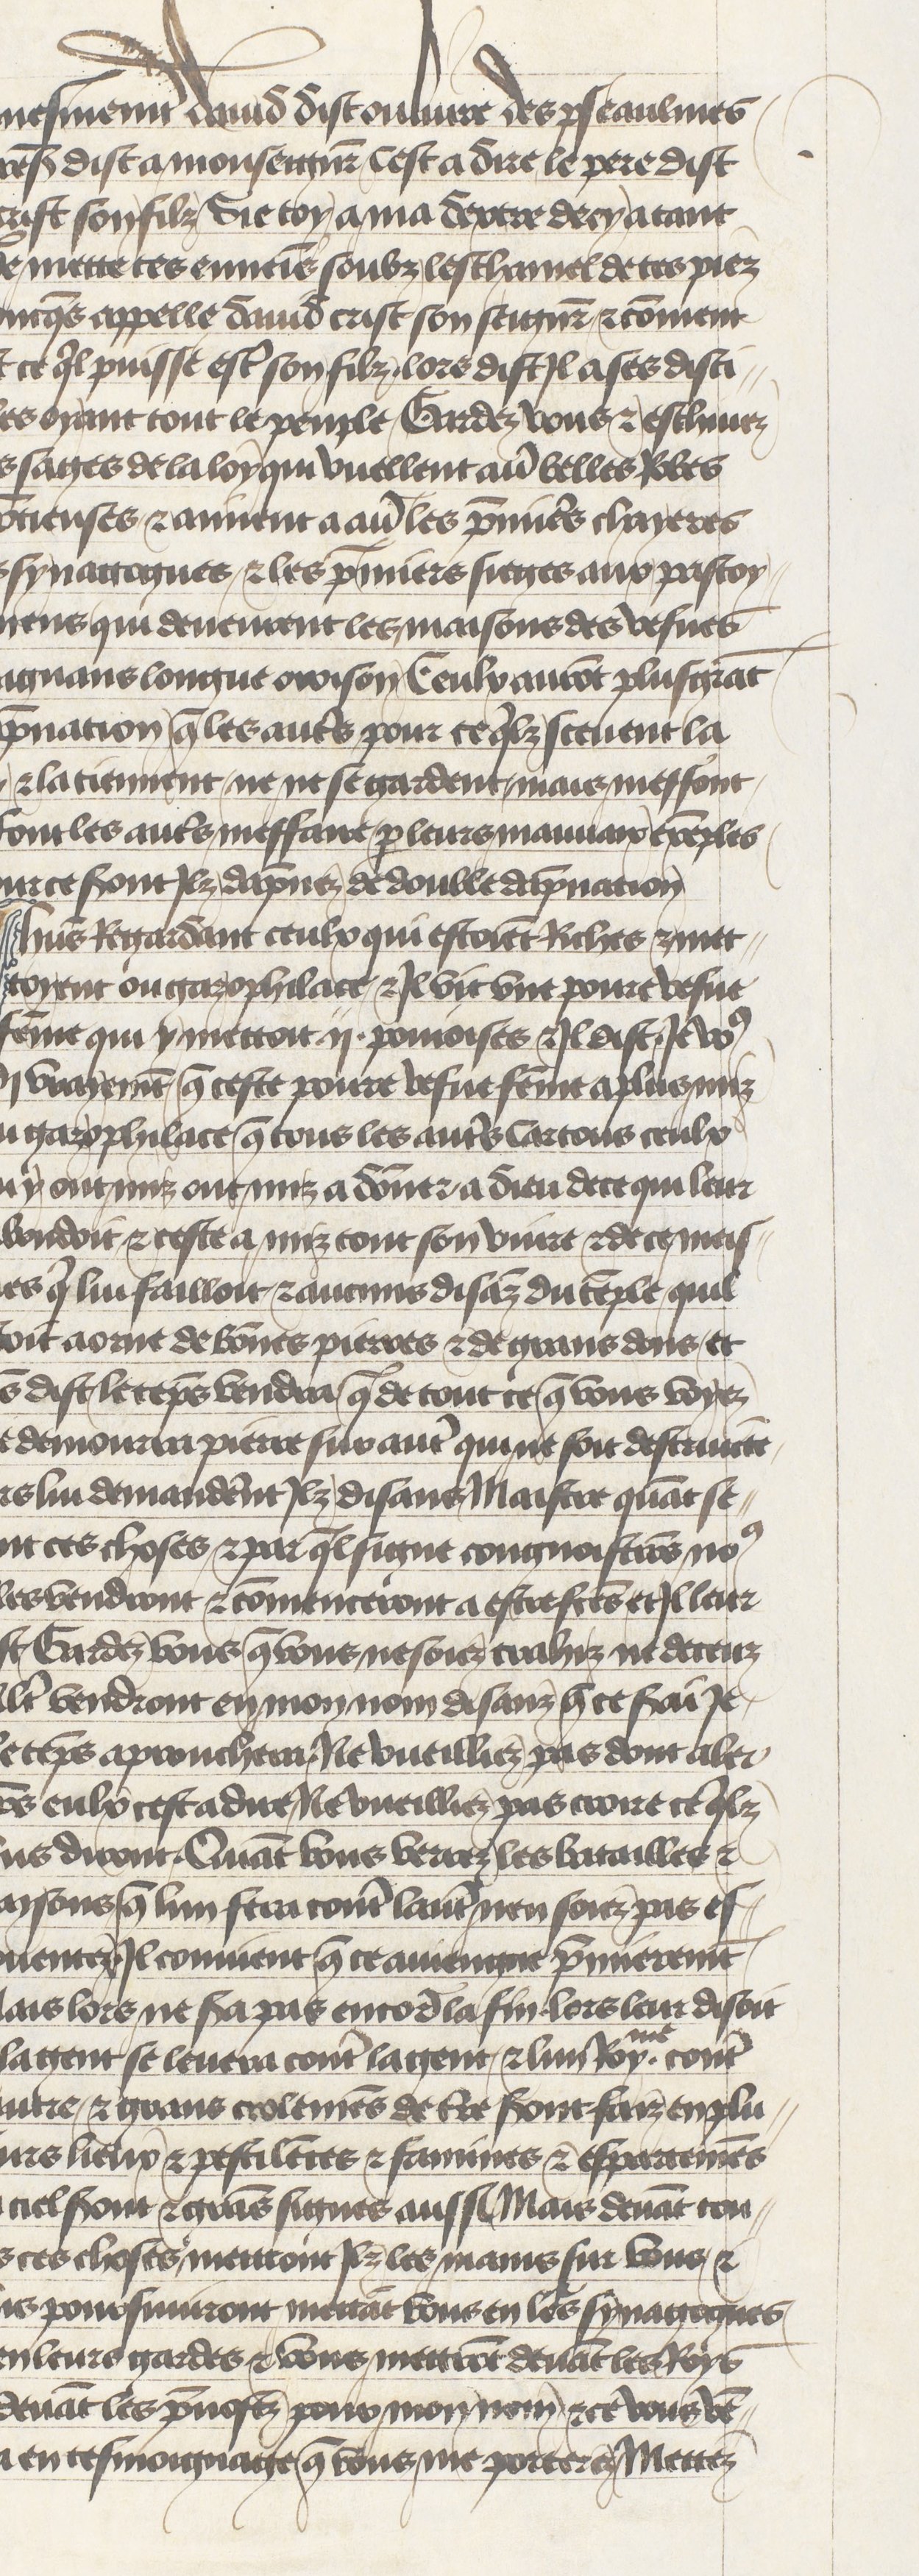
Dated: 1400–1450